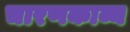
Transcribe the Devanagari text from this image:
चारणकाव्य